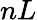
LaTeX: nL